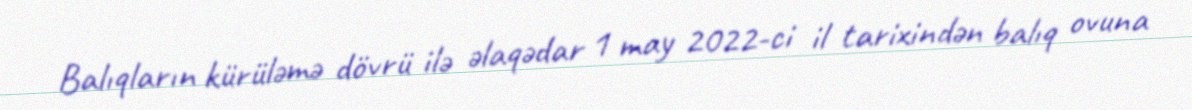
Balıqların kürüləmə dövrü ilə əlaqədar 1 may 2022-ci il tarixindən balıq ovuna